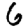
Digit: 6